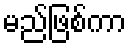
မည်ဖြစ်ကာ